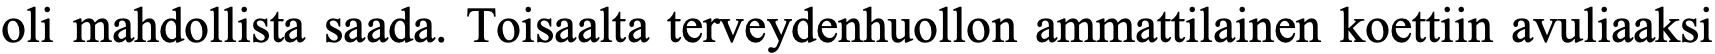
oli mahdollista saada. Toisaalta terveydenhuollon ammattilainen koettiin avuliaaksi